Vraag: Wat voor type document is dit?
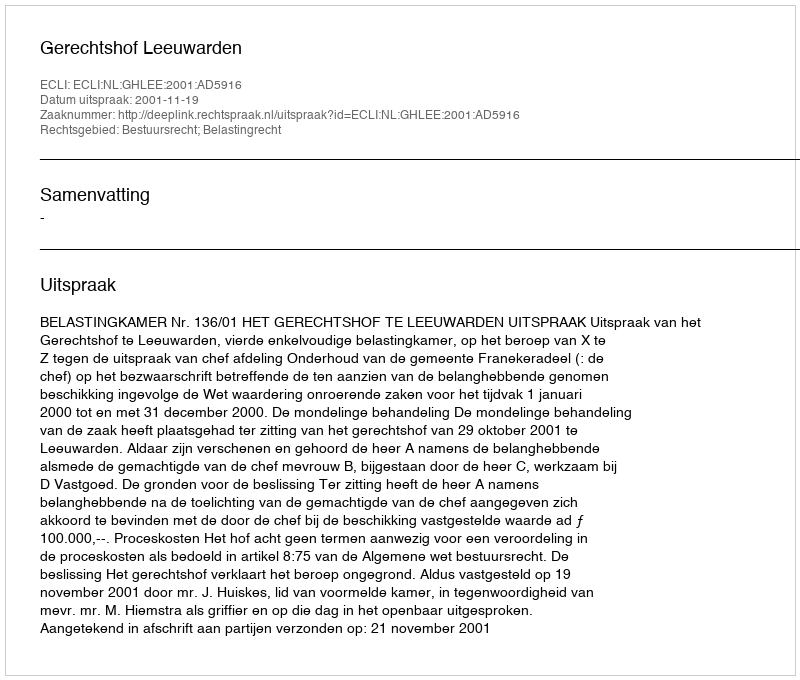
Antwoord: Uitspraak